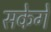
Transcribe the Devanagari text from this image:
सकेगे